Civil Veterinary Dept. Bombay admin report 1900-1906 - 1900-1906
Year: 1900
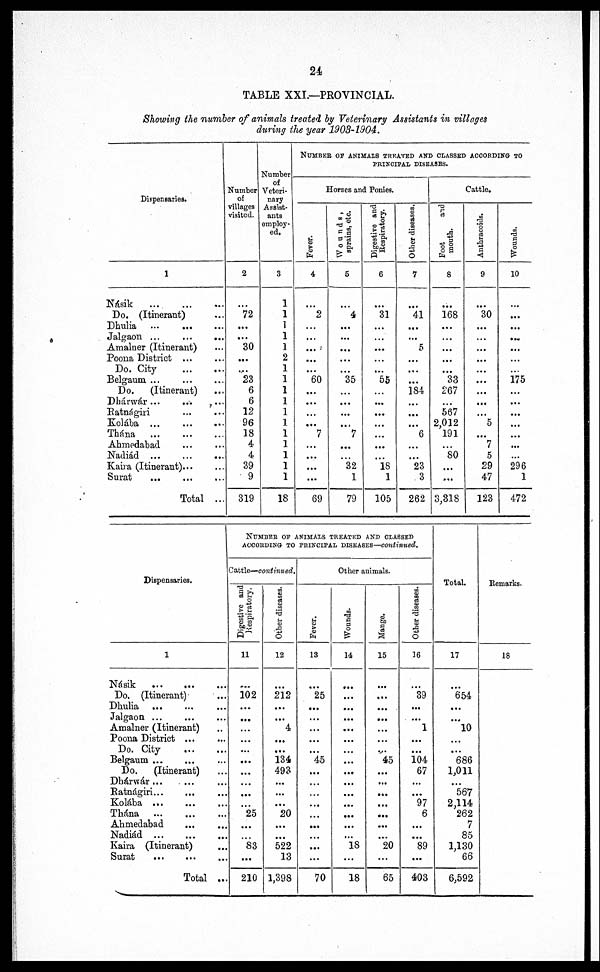
24
TABLE XXI.—PROVINCIAL.
Showing the number of animals treated by Veterinary Assistants in villages
during the year 1903-1904.
Dispensaries.
1
Násik
...
...
...
Do. (Itinerant)
Dhulia ...
...
...
Jalgaon ... ... ...
Amalner (Itinerant) ...
Poona District ... ...
Do. City
...
...
Belgaum ... ... ...
Do.
(Itinerant)
Dhárwár...
... ...
Ratnágiri ... ...
Kolába ... ... ...
Thána
...
...
...
Ahmedabad ... ...
Nadiád ... ... ...
Kaira (Itinerant)... ...
Surat
...
...
...
Total ...
Number
of
villages
visited.
2
72
...
...
30
...
...
23
6
6
12
96
18
4
4
39
9
319
Number
of
Veteri-
nary
Assist-
ants
employ-
ed.
3
1
1
1
1
1
2
1
1
1
1
1
1
1
1
1
1
1
18
NUMBER OF ANIMALS TREATED AND CLASSED ACCORDING TO
PRINCIPAL DISEASES.
Horses and Ponies.
Fever.
4
2
...
...
...
...
...
60
...
...
...
...
7
...
...
...
...
69
Wounds,
sprains, etc.
5
4
...
...
...
...
...
35
...
...
...
...
7
...
32
1
79
Digestive and
Respiratory.
6
31
...
...
...
...
...
55
...
...
...
...
...
...
...
18
1
105
Other diseases.
1
41
...
...
5
...
...
...
184
...
...
...
6
...
...
23
3
262
Cattle.
Foot
and
mouth.
8
168
...
...
...
...
...
33
267
...
567
2,012
191
...
80
...
...
3,318
Anthracoids.
9
30
...
...
...
...
...
...
...
...
...
5
...
7
5
29
47
123
Wounds.
10
...
...
...
...
...
...
175
...
...
...
...
...
...
...
296
1
472
Dispensaries.
1
Násik
...
...
...
Do. (Itinerant)
Dhulia ... ... ...
Jalgaon ... ... ...
Amalner (Itinerant) ...
Poona District ...
Do. City
Belgaum ... ... ...
Do.
(Itinerant)
Dhárwár ... ... ...
Ratnágiri... ... ...
Kolába ... ... ...
Thána
...
...
...
Ahmedabad ... ...
Nadiád
...
...
...
Kaira (Itinerant) ...
Surat ... ... ...
Total ...
NUMBER OF ANIMALS TREATED AND CLASSED
ACCORDING TO PRINCIPLE DISEASES—continued.
Cattle—continued.
Digestive and
Respiratory.
11
102
...
...
...
...
...
...
...
...
...
...
25
...
...
83
...
210
Other diseases.
12
212
...
...
4
...
...
134
493
...
...
...
20
...
...
522
13
1,398
Other animals.
Fever.
13
25
...
...
...
...
...
45
...
...
...
...
...
...
...
...
...
70
Wounds.
14
...
...
...
...
...
...
...
...
...
...
...
...
...
...
...
18
...
18
Mange.
15
...
...
...
...
...
45
...
...
...
...
...
...
...
20
...
65
Other diseases.
36
39
...
...
1
...
...
104
67
...
...
97
6
...
...
89
...
403
Total.
17
654
...
...
10
...
...
686
1,011
...
567
2,114
262
7
85
1,130
66
6,592
Remarks.
18